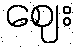
ဈေး